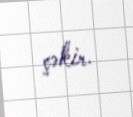
çəkir.